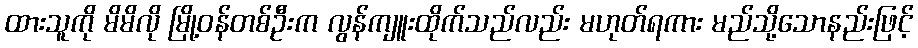
ထားသူကို မိမိလို မြို့ဝန်တစ်ဦးက လွန်ကျူးထိုက်သည်လည်း မဟုတ်ရကား မည်သို့သောနည်းဖြင့်